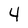
Character: 4